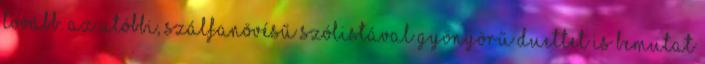
tovább. Az utóbbi, szálfanövésű szólistával gyönyörű duettet is bemutat